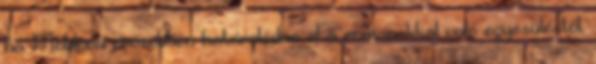
ha Moldova erősebben határolódna el a románokkal való egyesüléstől.